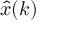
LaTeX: { \hat { x } } ( k )